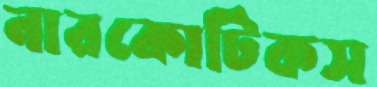
নারকোটিকস